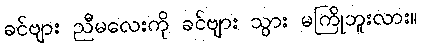
ခင်ဗျား ညီမလေးကို ခင်ဗျား သွား မကြိုဘူးလား။